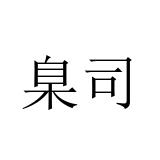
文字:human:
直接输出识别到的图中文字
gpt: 臬司